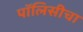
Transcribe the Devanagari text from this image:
पॉलिसीचा